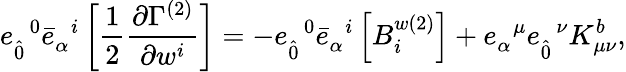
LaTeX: {e}_{\hat{0}}^{\; \; 0}{\bar{e}}_{\alpha}^{\; \; i}\left[\frac{1}{2}\frac{\partial\Gamma^{(2)}}{\partial w^{i}}\right]=-{e}_{\hat{0}}^{\; \; 0}{\bar{e}}_{\alpha}^{\; \; i}\left[B_{i}^{w(2)}\right]+{e}_{\alpha}^{\; \; \mu}{e}_{\hat{0}}^{\; \; \nu}K_{\mu\nu}^{b},